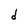
Character: d